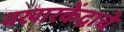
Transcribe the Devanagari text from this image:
वखारकेंद्राचे